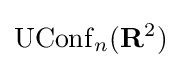
\operatorname {UConf} _{n}(\mathbf {R} ^{2})